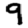
Digit: 9